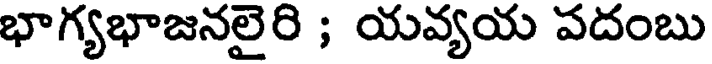
భాగ్యభాజనలైరి ; యవ్యయ పదంబు